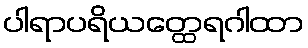
ပါရာပရိယတ္ထေရဂါထာ